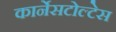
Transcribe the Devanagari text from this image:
कार्नेसटोल्टेस